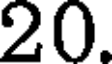
20.